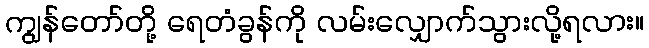
ကျွန်တော်တို့ ရေတံခွန်ကို လမ်းလျှောက်သွားလို့ရလား။